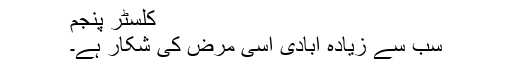
کلسٹر پنجم
سب سے زیادہ آبادی اسی مرض کی شکار ہے۔